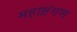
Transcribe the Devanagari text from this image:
महाष्टंगण